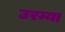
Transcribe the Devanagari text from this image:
उरम्या